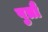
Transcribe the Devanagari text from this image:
पुत्रौ